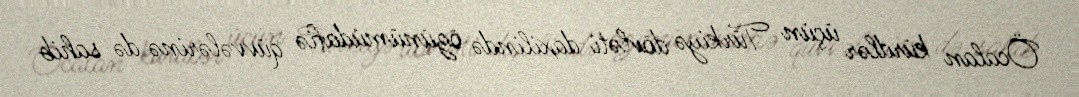
Öcalan kürdlər üçün Türkiyə dövləti daxilində özünümüdafiə qüvvələrinə də sahib